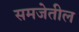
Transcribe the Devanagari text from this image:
समजेतील